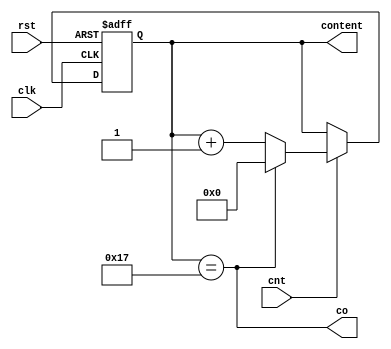
module modulo24 (cnt, rst, clk, co, content);
    input cnt, rst, clk;
    output co;
    output reg [4:0] content;

    always@(posedge clk or posedge rst) begin
        if (rst)
            content <= 5'd0;
        else if(cnt)
            if (co)
                content <= 5'd0;
            else
                content <= content + 1;
    end

    assign co = content == 5'd23;
endmodule